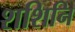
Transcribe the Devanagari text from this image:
शशिनि